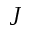
J